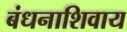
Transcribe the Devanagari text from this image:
बंधनाशिवाय